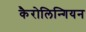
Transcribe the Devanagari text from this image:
कैरोलिन्गियन